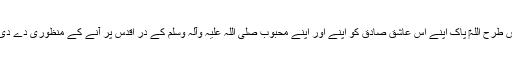
اس طرح اللہ‎ پاک اپنے اس عاشق صادق کو اپنے اور اپنے محبوب صلی اللہ علیہ وآلہ وسلم کے در اقدس پر آنے کے منظوری دے دی ۔